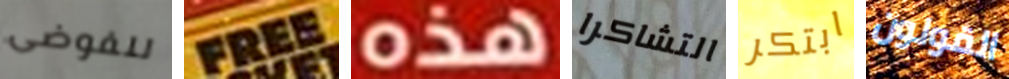
للفوضى FREE هذه التشاكرا ابتكر القولون